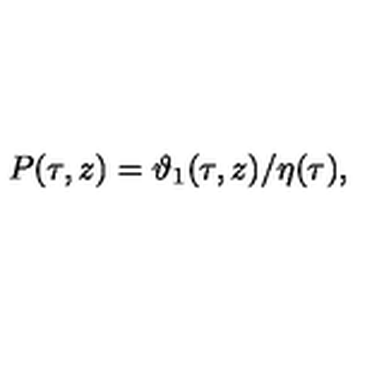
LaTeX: P ( \tau , z ) = \vartheta _ { 1 } ( \tau , z ) / \eta ( \tau ) ,